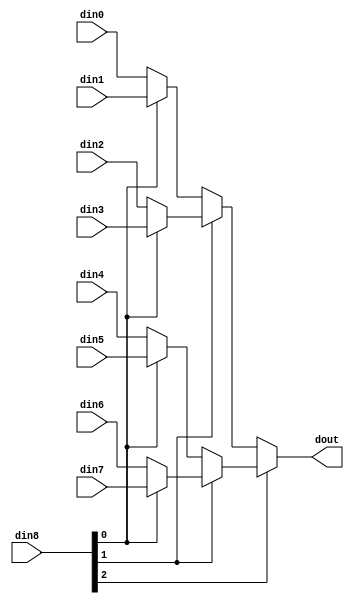
// ==============================================================
// File generated by Vivado(TM) HLS - High-Level Synthesis from C, C++ and SystemC
// Version: 2017.4.op
// Copyright (C) 1986-2018 Xilinx, Inc. All Rights Reserved.
// 
// ==============================================================


`timescale 1ns/1ps

module write_mode_pcie_helper_app_mux_83_40_1_1 #(
parameter
    ID                = 0,
    NUM_STAGE         = 1,
    din0_WIDTH       = 32,
    din1_WIDTH       = 32,
    din2_WIDTH       = 32,
    din3_WIDTH       = 32,
    din4_WIDTH       = 32,
    din5_WIDTH       = 32,
    din6_WIDTH       = 32,
    din7_WIDTH       = 32,
    din8_WIDTH         = 32,
    dout_WIDTH            = 32
)(
    input  [39 : 0]     din0,
    input  [39 : 0]     din1,
    input  [39 : 0]     din2,
    input  [39 : 0]     din3,
    input  [39 : 0]     din4,
    input  [39 : 0]     din5,
    input  [39 : 0]     din6,
    input  [39 : 0]     din7,
    input  [2 : 0]    din8,
    output [39 : 0]   dout);

// puts internal signals
wire [2 : 0]     sel;
// level 1 signals
wire [39 : 0]         mux_1_0;
wire [39 : 0]         mux_1_1;
wire [39 : 0]         mux_1_2;
wire [39 : 0]         mux_1_3;
// level 2 signals
wire [39 : 0]         mux_2_0;
wire [39 : 0]         mux_2_1;
// level 3 signals
wire [39 : 0]         mux_3_0;

assign sel = din8;

// Generate level 1 logic
assign mux_1_0 = (sel[0] == 0)? din0 : din1;
assign mux_1_1 = (sel[0] == 0)? din2 : din3;
assign mux_1_2 = (sel[0] == 0)? din4 : din5;
assign mux_1_3 = (sel[0] == 0)? din6 : din7;

// Generate level 2 logic
assign mux_2_0 = (sel[1] == 0)? mux_1_0 : mux_1_1;
assign mux_2_1 = (sel[1] == 0)? mux_1_2 : mux_1_3;

// Generate level 3 logic
assign mux_3_0 = (sel[2] == 0)? mux_2_0 : mux_2_1;

// output logic
assign dout = mux_3_0;

endmodule